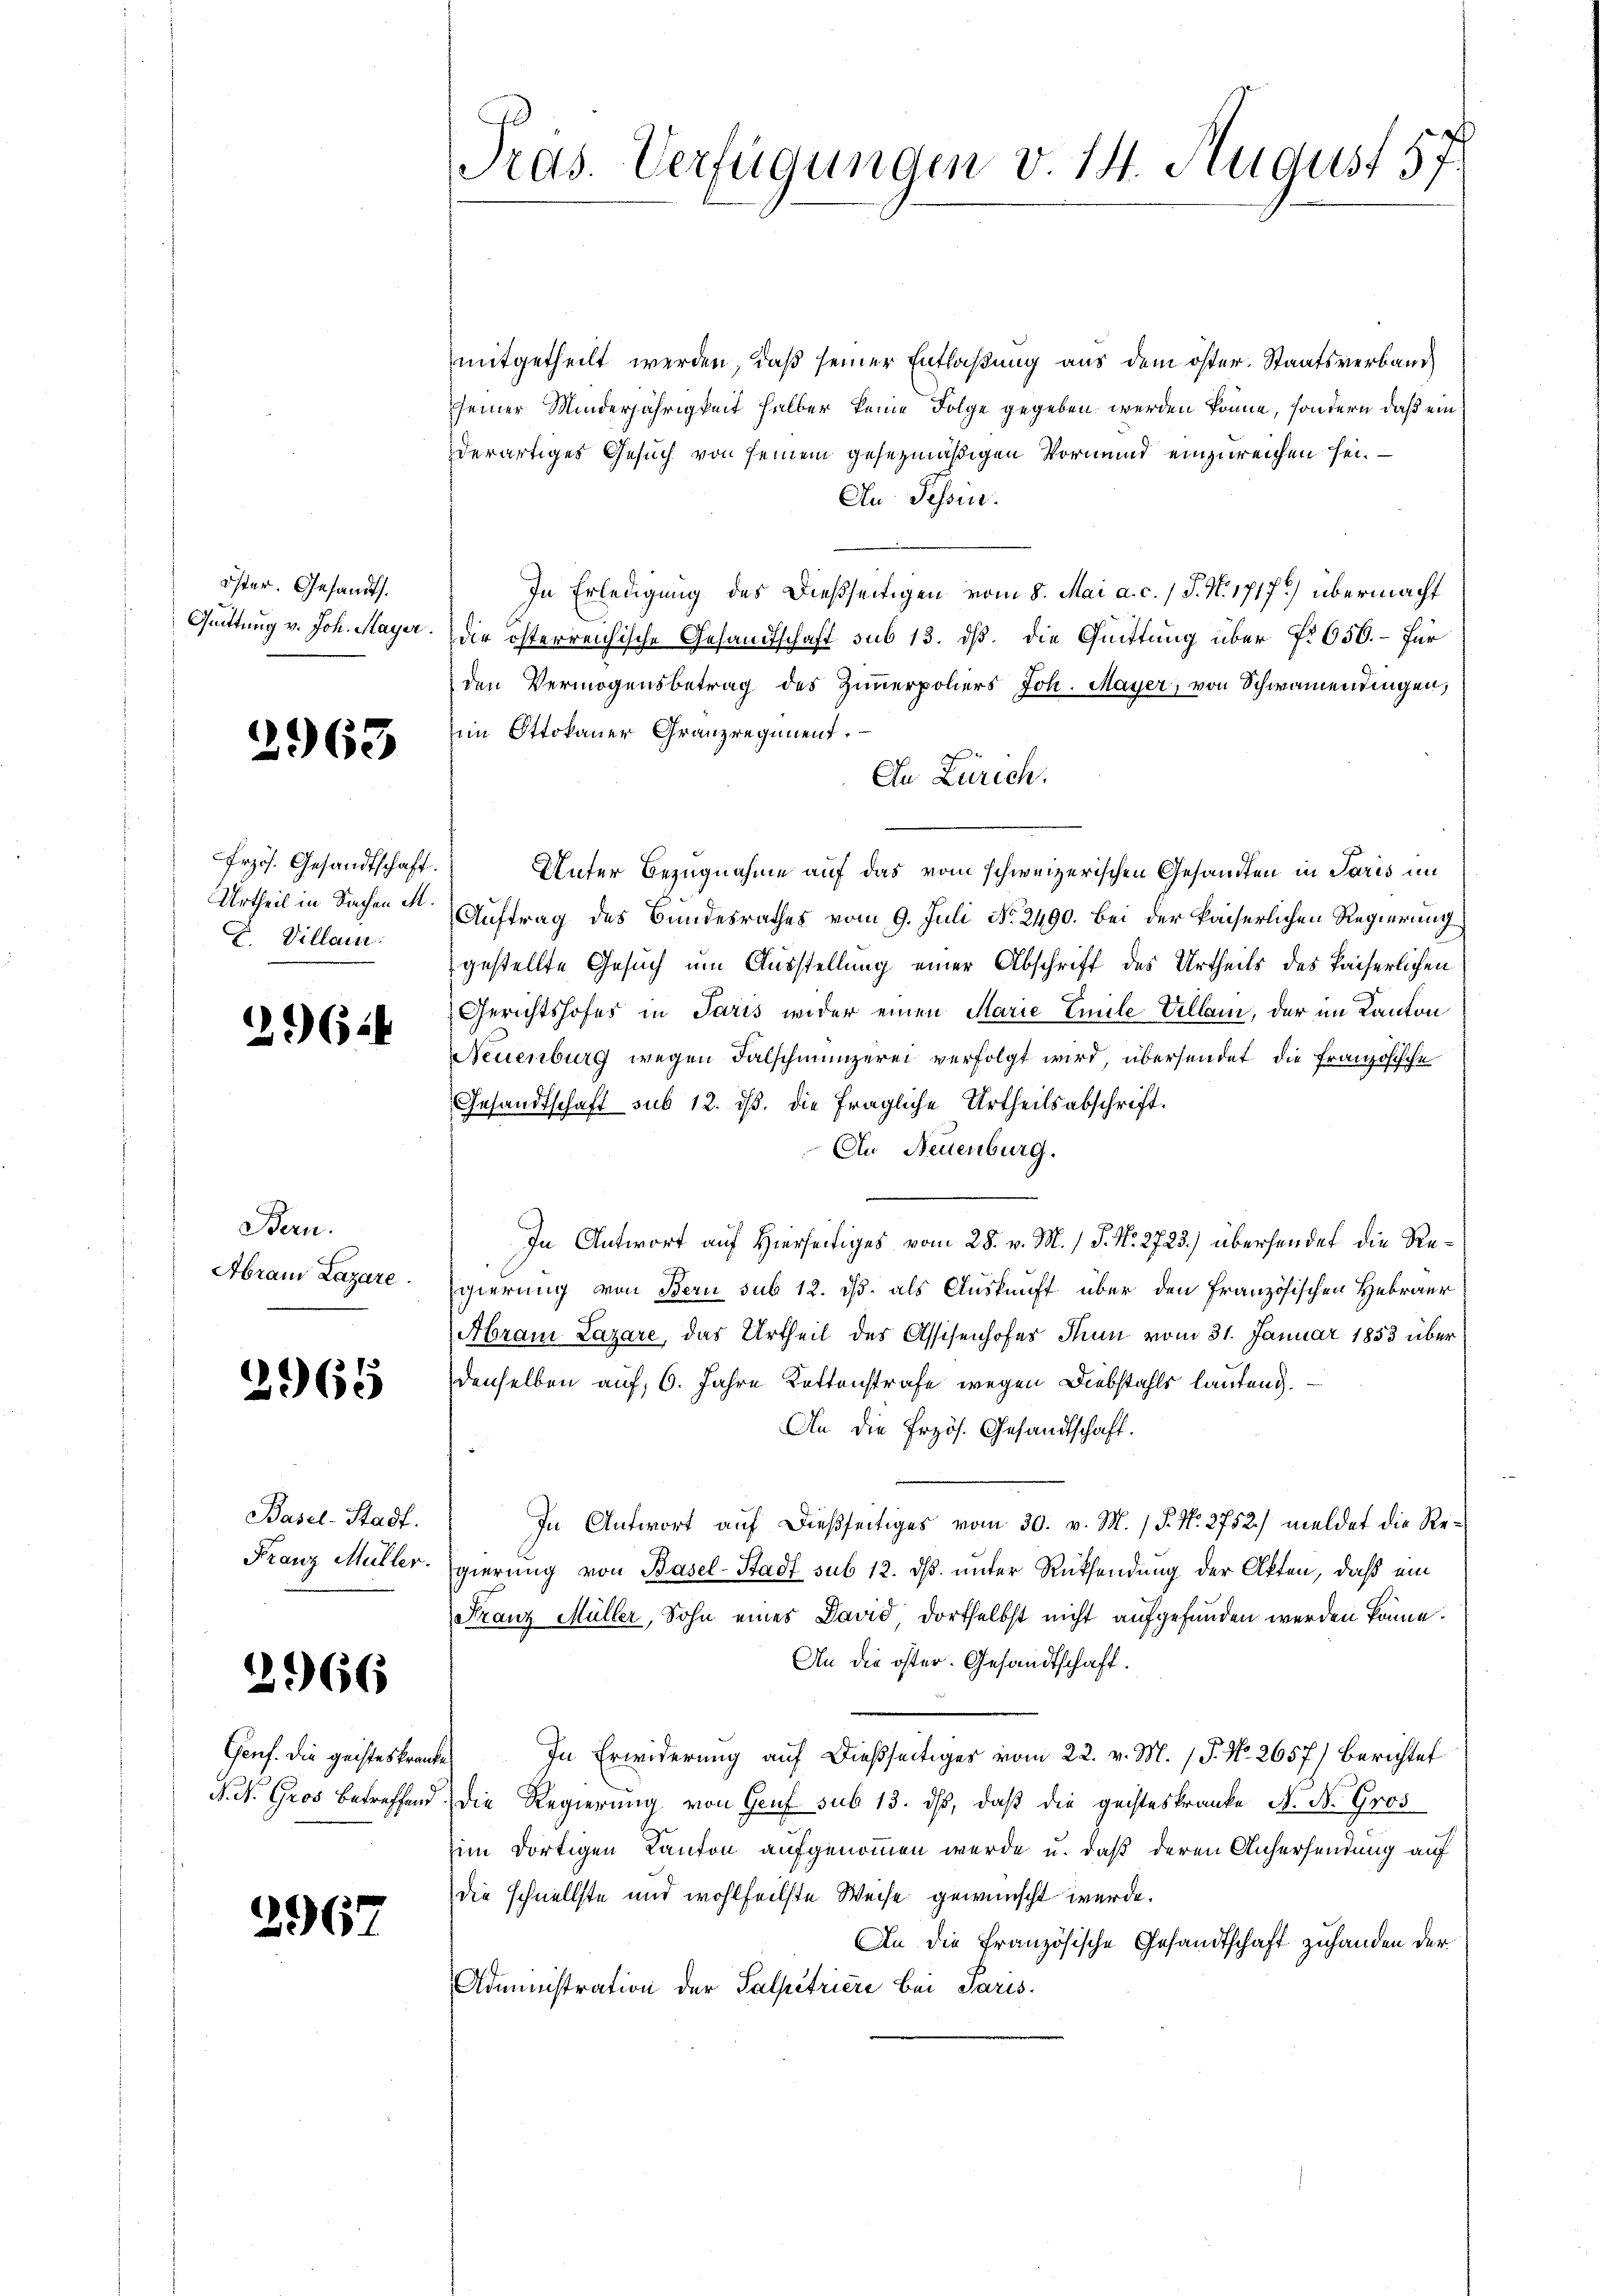
öster. Gesandt.
Quittung v. Joh. Mayer.

2963

Frzös. Gesandtschaft.
Urtheil in Sachen M.
 Villam

2.6.4

Bern.
Abrais Lazare.

2965

Basel-Stadt.
Franz Müller.

2966

Genf. Die geisteskranke
N. N. Gros betreffend

2967

Pros. Verfügungen v. 14. August 57

mitgetheilt werden, daß seiner Entlaßung aus dem öster. Staatsverband
seiner Minderjährigkeit halber keine Folge gegeben werden könne, sondern daß ein
derartiges Gesuch von seinem gesezmäßigen Vormund einzureichen sei.
An Pessen.
In Erledigung des Dießseitigen vom 8. Mai a. c. 1 S. N. 1717.) übermacht
die österreichische Gesandtschaft sub 13. dß. Die Quittung über Nr. 650. – Für
den Vermögensbetrag des Zimmerpoliers Joh. Mayer, von Schwamendingen,
ei Ottokaner Granz regiment.
In Zürich.
Unter Bezugnahme auf das vom schweizerischen Gesandten in Paris im
Auftrag des Bundesrathes vom 9. Juli No. 2490. bei der kaiserlichen Regierung
gestellte Gesuch um Ausstellung einer Abschrift des Urtheils des Kaiserlichen
Gerichtshofer in Paris wider einen Marie Emile Villam, der im Kanton
Neuenburg wegen Falschmünzerei verfolgt wird, übersendet die Französische
Gesandtschaft sub 12. ist. Die fragliche Urtheilsabschrift¬
An Neuenburg.
In Antwort auf Hierseitiges vom 28. v. M. / P. Nr. 2723.) überhander die Regierung von Bern sub 12. ds. als Auskunft über den Französischen Hebräer
Aram Lazare, das Urtheil des Assisenhofes Thun vom 31. Januar 1853 über
denselben auf, 6. Jahre Kettenstrafe wegen Diebstahls lautend.
An die Przös. Gesandtschaft.
In Antwort auf dießseitiges vom 30. v. M. P. Nr. 2752) meldet die Regierung von Basel-Stadt sub 12. dß. unter Rücksendung der Akten, daß ein
Franz Müller, Sohn eines David dortselbst nicht aufgefunden werden könne.
An die öster. Gesandtschaft.
In Erwiderung auf dießseitiger vom 22. v. M. 1 P. No. 2657) Berichtet
Die Regierung von Genf sub 13. ds, daß die geisteskranke A. Nr. Gros
im dortigen Kanton aufgenommen wurde u. daß deren Anhersendung auf
die schnellste und wohlfeilste Weise gewünscht werde.
An die französische Gesandtschaft zuhanden der
Administration der Salpetriere bei Paris.